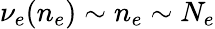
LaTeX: \nu_{e}(n_{e})\sim n_{e}\sim N_{e}